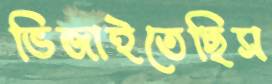
ভিজাইতেছিস